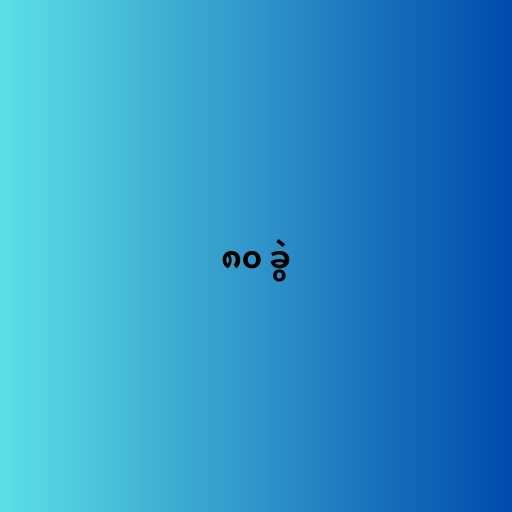
၈၀ ခွဲ